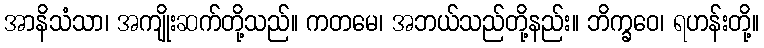
အာနိသံသာ၊ အကျိုးဆက်တို့သည်။ ကတမေ၊ အဘယ်သည်တို့နည်း။ ဘိက္ခဝေ၊ ရဟန်းတို့။